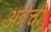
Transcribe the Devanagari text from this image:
अत्रेंची